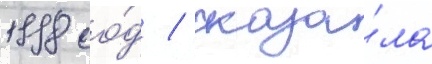
1998 го́д / сказа́ла